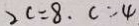
2 c = 8 . c = 4